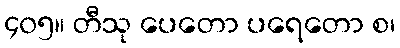
၄၀၅။ တီသု ပေတော ပရေတော စ၊